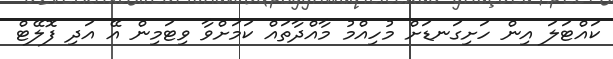
ކައްޓަލަ އިން ހަށިގަނޑަށް މުހިއްމު މާއްދާތައް ކަމަށްވާ ވިޓަމިން އޭ އަދި ފޮލޭޓް